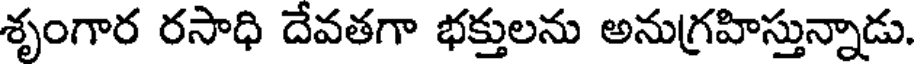
శృంగార రసాధి దేవతగా భక్తులను అనుగ్రహిస్తున్నాడు.